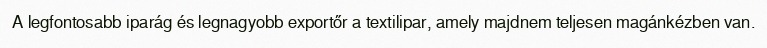
A legfontosabb iparág és legnagyobb exportőr a textilipar, amely majdnem teljesen magánkézben van.